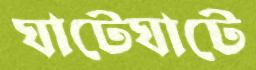
ঘাটেঘাটে